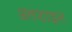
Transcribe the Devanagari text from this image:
अलशाइन